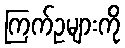
ကြက်ဥများကို